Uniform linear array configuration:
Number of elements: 24
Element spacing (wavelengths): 1
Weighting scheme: kaiser
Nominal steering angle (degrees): -15
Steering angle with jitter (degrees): -14.003
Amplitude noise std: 0.05
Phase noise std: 0.05

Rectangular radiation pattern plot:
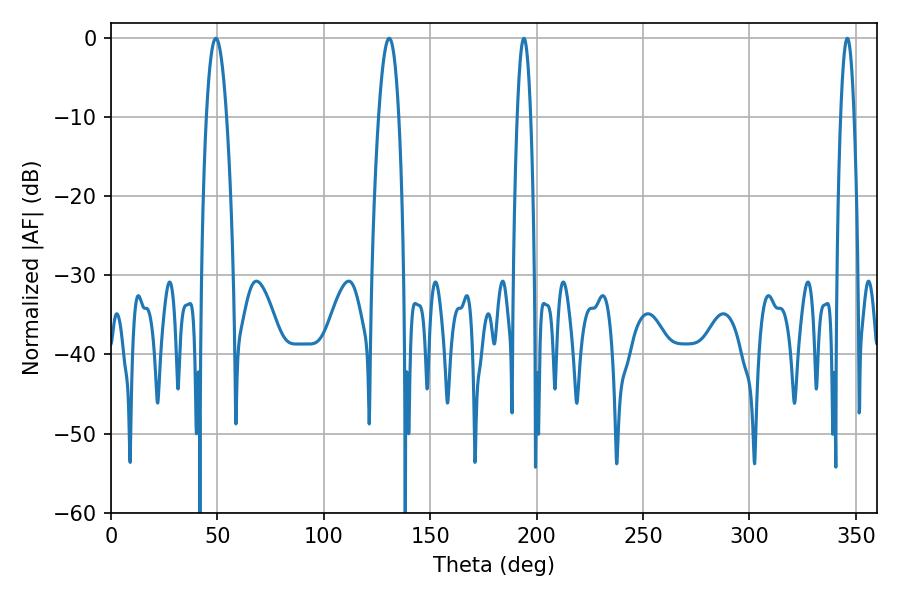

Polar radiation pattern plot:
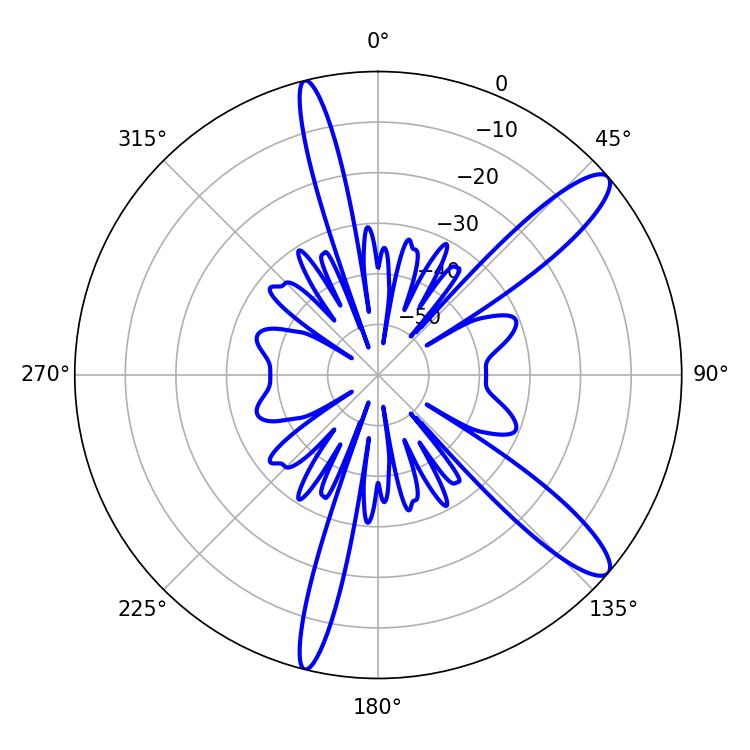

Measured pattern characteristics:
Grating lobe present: TRUE
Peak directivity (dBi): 12.297
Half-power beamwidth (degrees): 5.22
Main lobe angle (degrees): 49.32